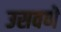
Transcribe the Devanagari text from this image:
उसवणे